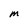
Character: M